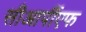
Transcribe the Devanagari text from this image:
सीआर्पीएफ